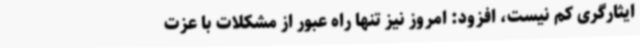
ایثارگری کم نیست، افزود: امروز نیز تنها راه عبور از مشکلات با عزت